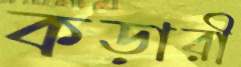
কড়ারী